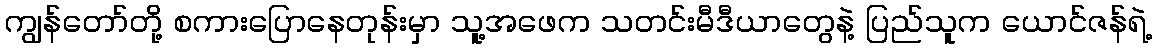
ကျွန်တော်တို့ စကားပြောနေတုန်းမှာ သူ့အဖေက သတင်းမီဒီယာတွေနဲ့ ပြည်သူက ယောင်ဇန်ရဲ့